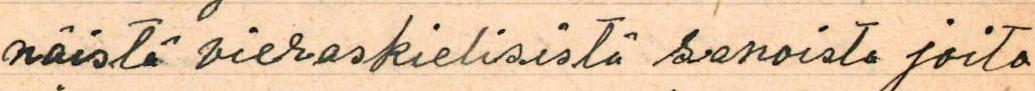
näistä vieraskielisistä sanoista joita